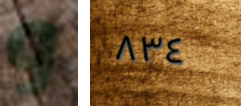
و ٨٣٤